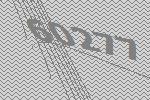
60277